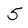
Character: 5